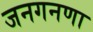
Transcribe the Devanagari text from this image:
जनगनणा